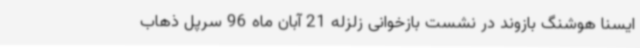
ایسنا هوشنگ بازوند در نشست بازخوانی زلزله 21 آبان ماه 96 سرپل ذهاب